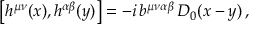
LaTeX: \big [ h ^ { \mu \nu } ( x ) , h ^ { \alpha \beta } ( y ) \big ] = - i \, b ^ { \mu \nu \alpha \beta } \, D _ { 0 } ( x - y ) \, ,